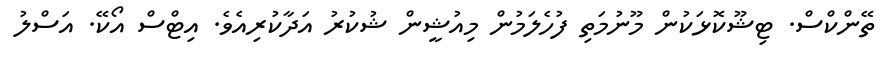
ތޭންކްސް. ޓިޝޫކޮޅަކުން މޫނުމަތި ފުހެލަމުން މިއުޝީން ޝުކުރު އަދާކުރިއެވެ. އިޓްސް އޯކޭ. އަސްލު